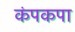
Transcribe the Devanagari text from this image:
कंपकपा